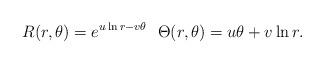
LaTeX: \begin{align*} R(r,\theta )=e^{u\ln r-v\theta }\ \ \Theta (r,\theta )=u\theta +v\ln r. \end{align*}